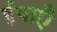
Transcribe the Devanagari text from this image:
ईषाएँ